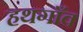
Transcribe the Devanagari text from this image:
हथगाँव